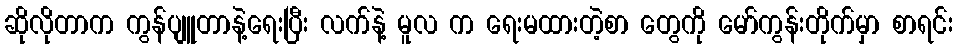
ဆိုလိုတာက ကွန်ပျူတာနဲ့ရေးပြီး လက်နဲ့ မူလ က ရေးမထားတဲ့စာ တွေကို မော်ကွန်းတိုက်မှာ စာရင်း